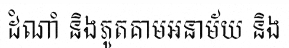
ដំណាំ និងភូតគាមអនាម័យ និង